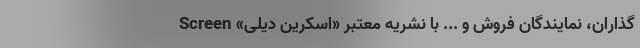
‌گذاران، نمایندگان فروش و ... با نشریه معتبر «اسکرین دیلی» Screen